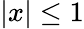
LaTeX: |x|\leq 1